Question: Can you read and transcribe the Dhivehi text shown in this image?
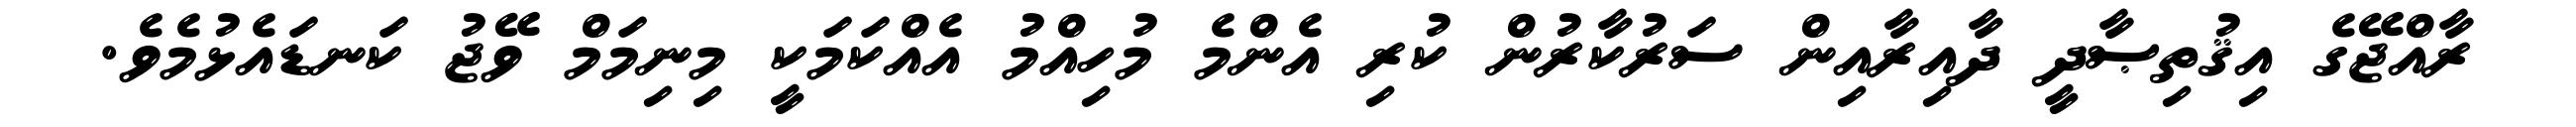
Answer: ރާއްޖޭގެ އިޤުތިޞާދީ ދާއިރާއިން ސަރުކާރުން ކުރި އެންމެ މުހިއްމު އެއްކަމަކީ މިނިމަމް ވޭޖު ކަނޑައެޅުމެވެ.